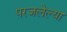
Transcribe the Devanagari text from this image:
परजलेल्या